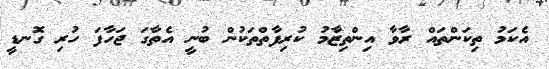
އެކަމު ތިކަންތައް ރާވާ އިންތިޒާމު ކުރިފާތްތަކުން ބުނީ އެތާގަ ޖަހާފަ ހުރި ގޮނޑީ